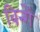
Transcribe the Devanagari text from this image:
बिन्गें